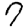
Digit: 7